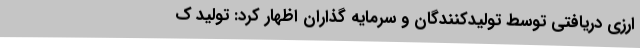
ارزی دریافتی توسط تولیدکنندگان و سرمایه گذاران اظهار کرد: تولید ک